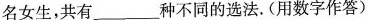
名女生，共有___种不同的选法。(用数字作答)